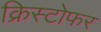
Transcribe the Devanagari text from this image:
क्रिस्‍टोफर